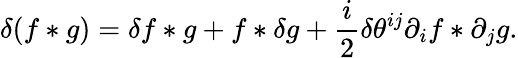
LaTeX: \delta(f\ast g)=\delta f\ast g+f\ast\delta g+\frac{i}{2}\delta\theta^{ij}\partial_{i}f\ast\partial_{j}g.